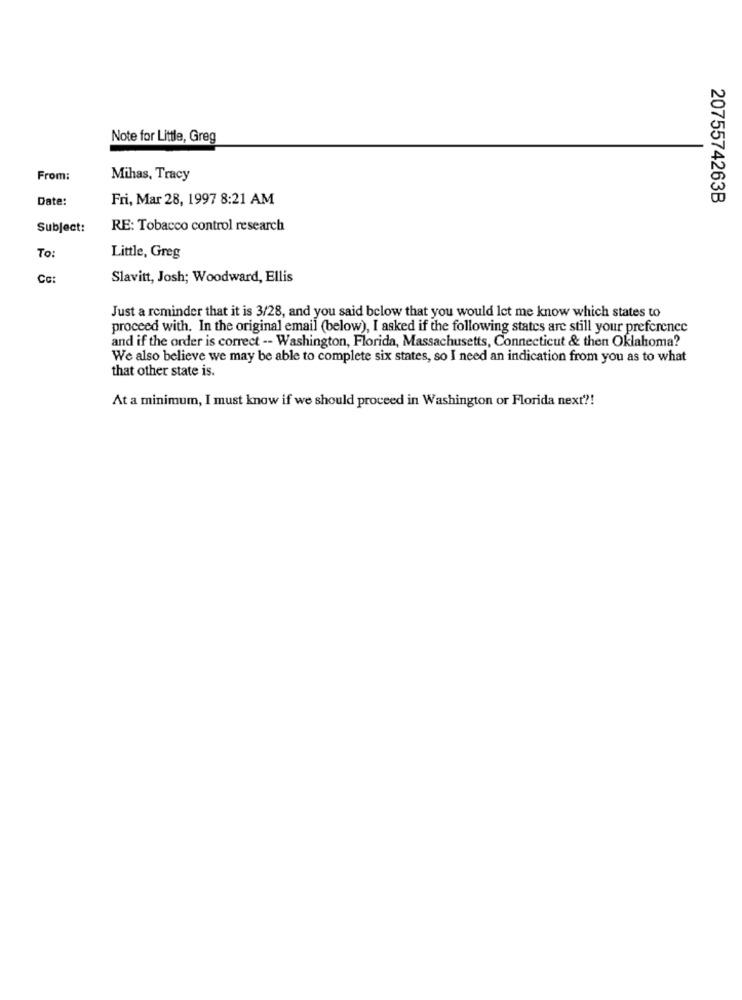
Note for Little, Greg
From:
Mihas, Tracy
Date:
Fri, Mar 28, 1997 8:21 AM
2075574263B
Subject:
RE: Tobacco control research
To
Little, Greg
Cc:
Slavitt, Josh; Woodward, Ellis
Just a reminder that it is 3/28, and you said below that you would let me know which states to
proceed with. In the original email (below), I asked if the following states are still your preference
and if the order is correct -- Washington, Florida, Massachusetts, Connecticut & then Oklahoma?
We also believe we may be able to complete six states, so I need an indication from you as to what
that other state is.
At a minimum, I must know if we should proceed in Washington or Florida next ?!